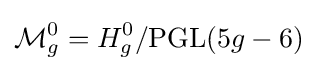
{\mathcal {M}}_{g}^{0}=H_{g}^{0}/\mathrm {PGL} (5g-6)